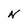
Character: N